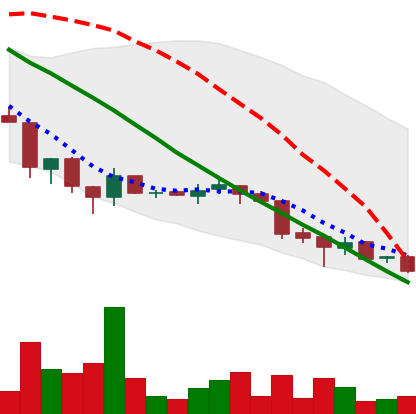
Ticker: ADA-USD
Chart end date: 2018-06-28
Forward return: 26.261%
Label: up_7plus